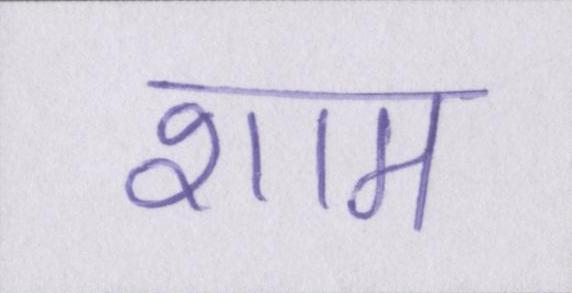
शाम